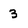
Character: 3